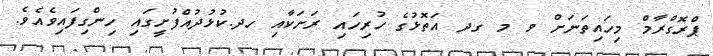
ޕްރޮގްރާމް މިހައިތަނަށް ވ މ ގދ އަތޮޅުގެ ހުރިހައި ރަށަކާއި ހދ.ކުޅުދުއްފުށީގައި ހިންގިފައިވެއެވެ.